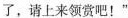
了，请上来赏吧！”